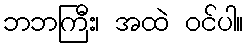
ဘဘကြီး၊ အထဲ ဝင်ပါ။